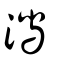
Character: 潟